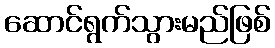
ဆောင်ရွက်သွားမည်ဖြစ်